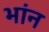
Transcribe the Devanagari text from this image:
भांन